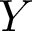
Y